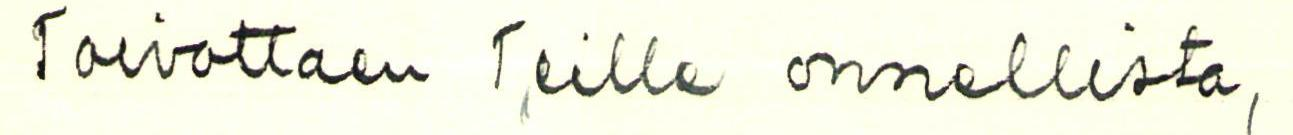
Toivottaen Teille onnellista,